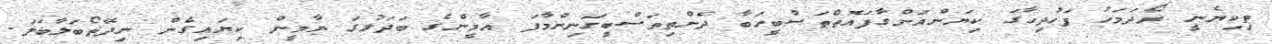
ތިކިޔެނީ ރޯދަމަހު ފަހުދިހާގަ ކިޔަންއަންގާފައޮތްތަސްބީހަބާ ދެންތިތަސްބީހަނިންމާފަ އާމީންގެ ބަދަލުގަ ޔާމީން ކިޔައިގެން ނިދޭތޯބަލާބަލަ.